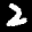
Label: 2